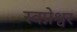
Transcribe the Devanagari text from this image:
स्वप्नेश्वर